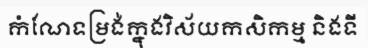
កំណែទម្រង់ក្នុងវិស័យកសិកម្ម និងទី